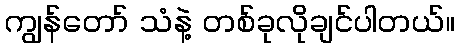
ကျွန်တော် သံနဲ့ တစ်ခုလိုချင်ပါတယ်။